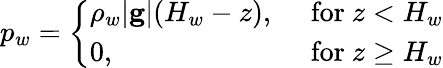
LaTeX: \begin{array}{r}{p_{w}=\left\{ \begin{array}{ll}{\rho_{w}|\mathbf{g}|(H_{w}-z),\ }&{\mathrm{for}\ z<H_{w}}\\ {0,}&{\mathrm{for}\ z\geq H_{w}}\end{array}\right.}\end{array}